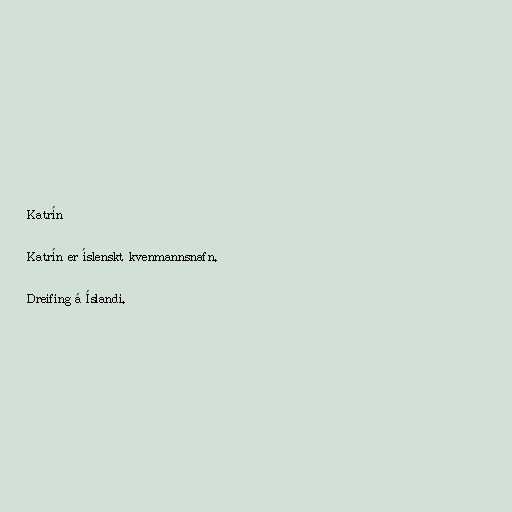
Katrín

Katrín er íslenskt kvenmannsnafn.

Dreifing á Íslandi.